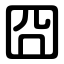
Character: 囧